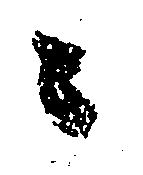
々